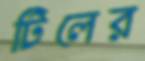
টিলের